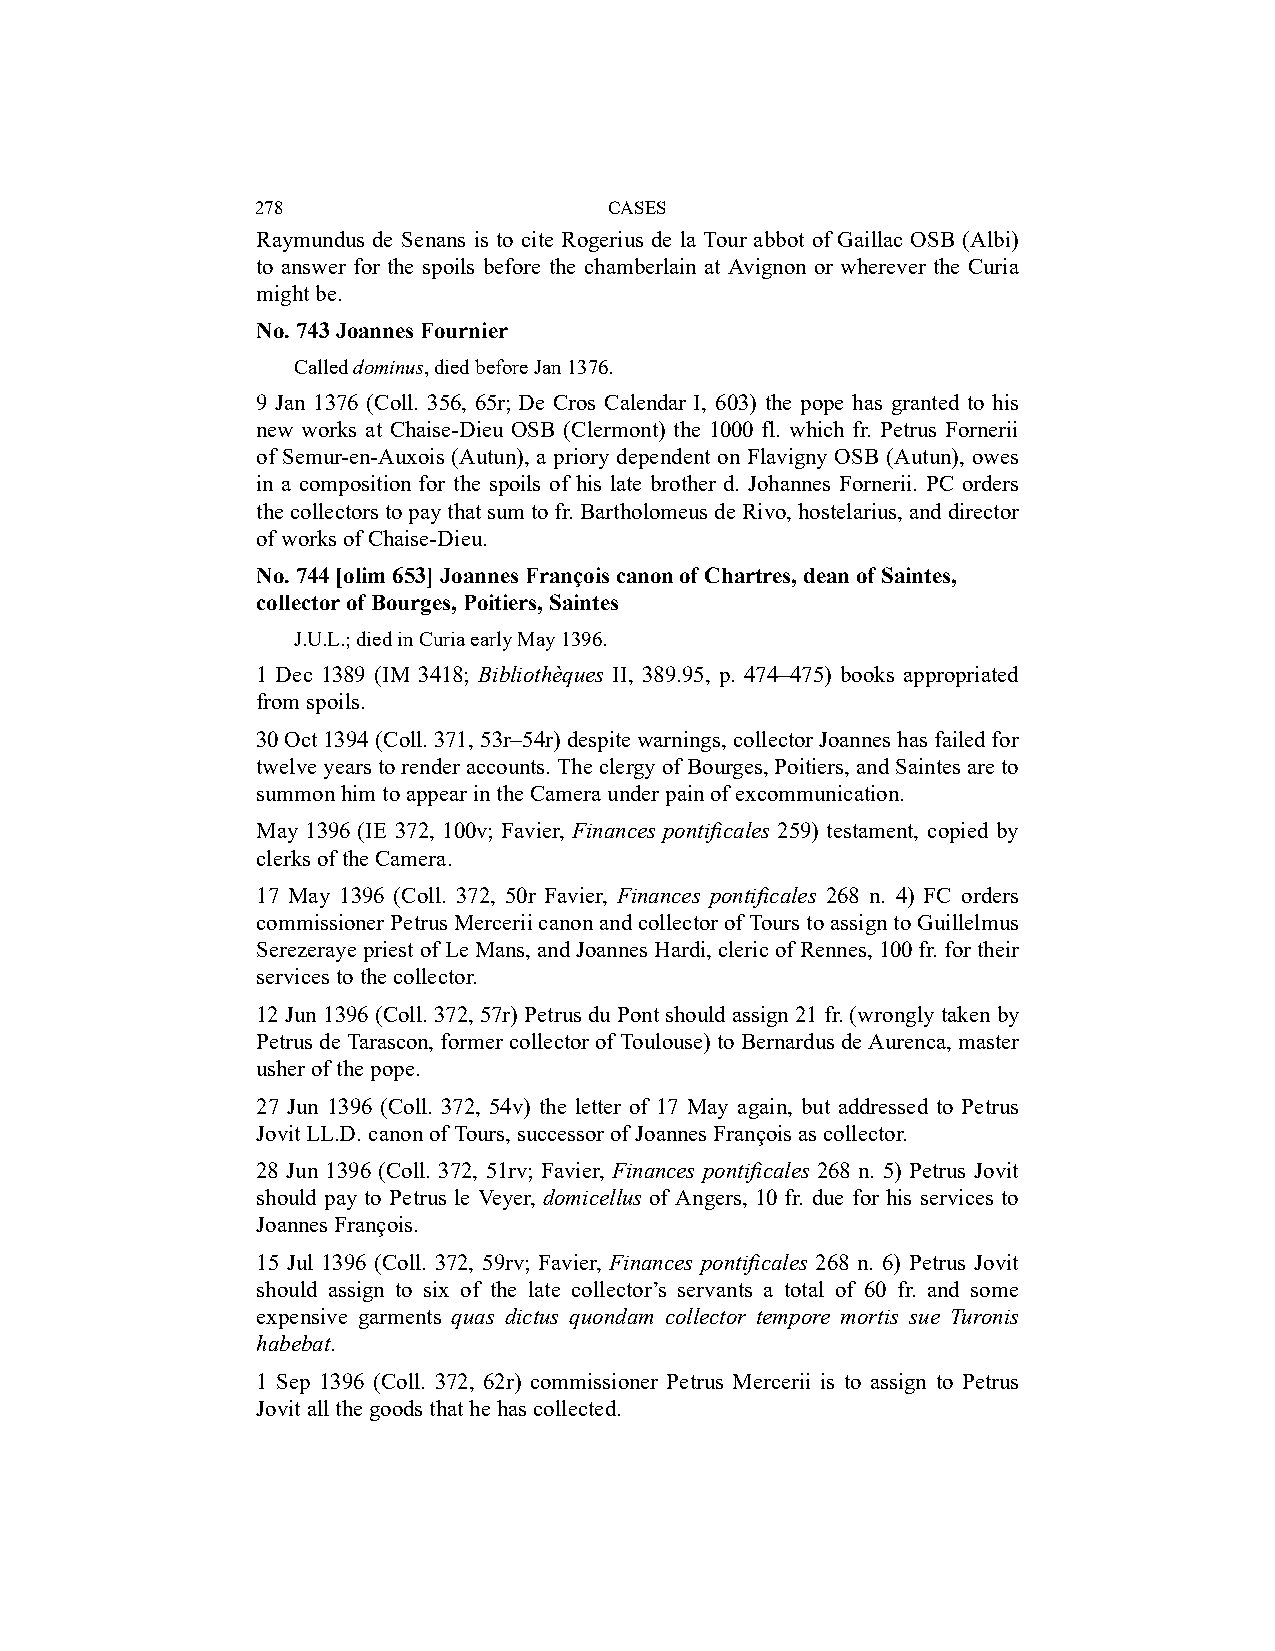
278                    CASES
 Raymundus de Senans is to cite Rogerius de la Tour abbot of Gaillac OSB (Albi)
 to answer for the spoils before the chamberlain at Avignon or wherever the Curia
 might be.
 No. 743 Joannes Fournier
 Called dominus, died before Jan 1376.
 9 Jan 1376 (Coll. 356, 65r; De Cros Calendar I, 603) the pope has granted to his
 new works at Chaise-Dieu OSB (Clermont) the 1000 fl. which fr. Petrus Fornerii
 of Semur-en-Auxois (Autun), a priory dependent on Flavigny OSB (Autun), owes
 in a composition for the spoils of his late brother d. Johannes Fornerii. PC orders
 the collectors to pay that sum to fr. Bartholomeus de Rivo, hostelarius, and director
 of works of Chaise-Dieu.
 No. 744 [olim 653] Joannes François canon of Chartres, dean of Saintes,
 collector of Bourges, Poitiers, Saintes
 J.U.L.; died in Curia early May 1396.
 1 Dec 1389 (IM 3418; Bibliothèques II, 389.95, p. 474–475) books appropriated
 from spoils.
 30 Oct 1394 (Coll. 371, 53r–54r) despite warnings, collector Joannes has failed for
 twelve years to render accounts. The clergy of Bourges, Poitiers, and Saintes are to
 summon him to appear in the Camera under pain of excommunication.
 May 1396 (IE 372, 100v; Favier, Finances pontificales 259) testament, copied by
 clerks of the Camera.
 17 May 1396 (Coll. 372, 50r Favier, Finances pontificales 268 n. 4) FC orders
 commissioner Petrus Mercerii canon and collector of Tours to assign to Guillelmus
 Serezeraye priest of Le Mans, and Joannes Hardi, cleric of Rennes, 100 fr. for their
 services to the collector.
 12 Jun 1396 (Coll. 372, 57r) Petrus du Pont should assign 21 fr. (wrongly taken by
 Petrus de Tarascon, former collector of Toulouse) to Bernardus de Aurenca, master
 usher of the pope.
 27 Jun 1396 (Coll. 372, 54v) the letter of 17 May again, but addressed to Petrus
 Jovit LL.D. canon of Tours, successor of Joannes François as collector.
 28 Jun 1396 (Coll. 372, 51rv; Favier, Finances pontificales 268 n. 5) Petrus Jovit
 should pay to Petrus le Veyer, domicellus of Angers, 10 fr. due for his services to
 Joannes François.
 15 Jul 1396 (Coll. 372, 59rv; Favier, Finances pontificales 268 n. 6) Petrus Jovit
 should assign to six of the late collector’s servants a total of 60 fr. and some
 expensive garments quas dictus quondam collector tempore mortis sue Turonis
 habebat.
 1 Sep 1396 (Coll. 372, 62r) commissioner Petrus Mercerii is to assign to Petrus
 Jovit all the goods that he has collected.